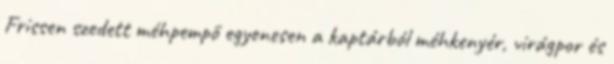
Frissen szedett méhpempő egyenesen a kaptárból méhkenyér, virágpor és